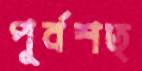
পূর্বশত্